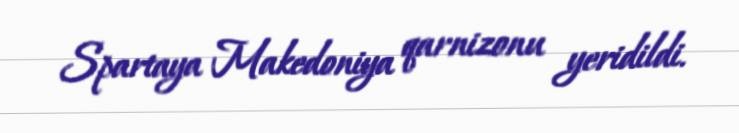
Spartaya Makedoniya qarnizonu yeridildi.